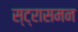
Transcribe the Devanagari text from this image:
स्ट्रासमन